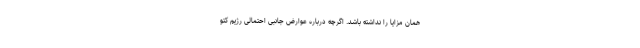
همان مزایا را نداشته باشد. اگرچه درباره عوارض جانبی احتمالی رژیم کتو